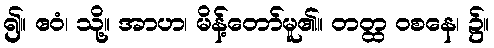
၍။ ဧဝံ၊ သို့။ အာဟ၊ မိန့်တော်မူ၏။ တတ္ထ ဝစနေ၊ ၌။